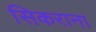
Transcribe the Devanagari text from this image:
सिकराना